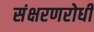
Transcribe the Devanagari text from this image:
संक्षरणरोधी